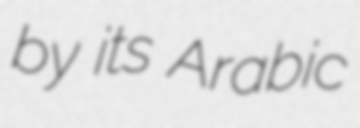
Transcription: by its Arabic